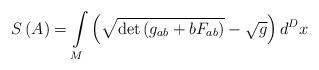
LaTeX: \begin{align*}S\left(A\right)=\int\limits_{M}\left(\sqrt{\det\left(g_{ab}+bF_{ab}\right)}-\sqrt{g}\right)d^{D}x \end{align*}